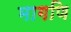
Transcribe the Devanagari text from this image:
मागणि